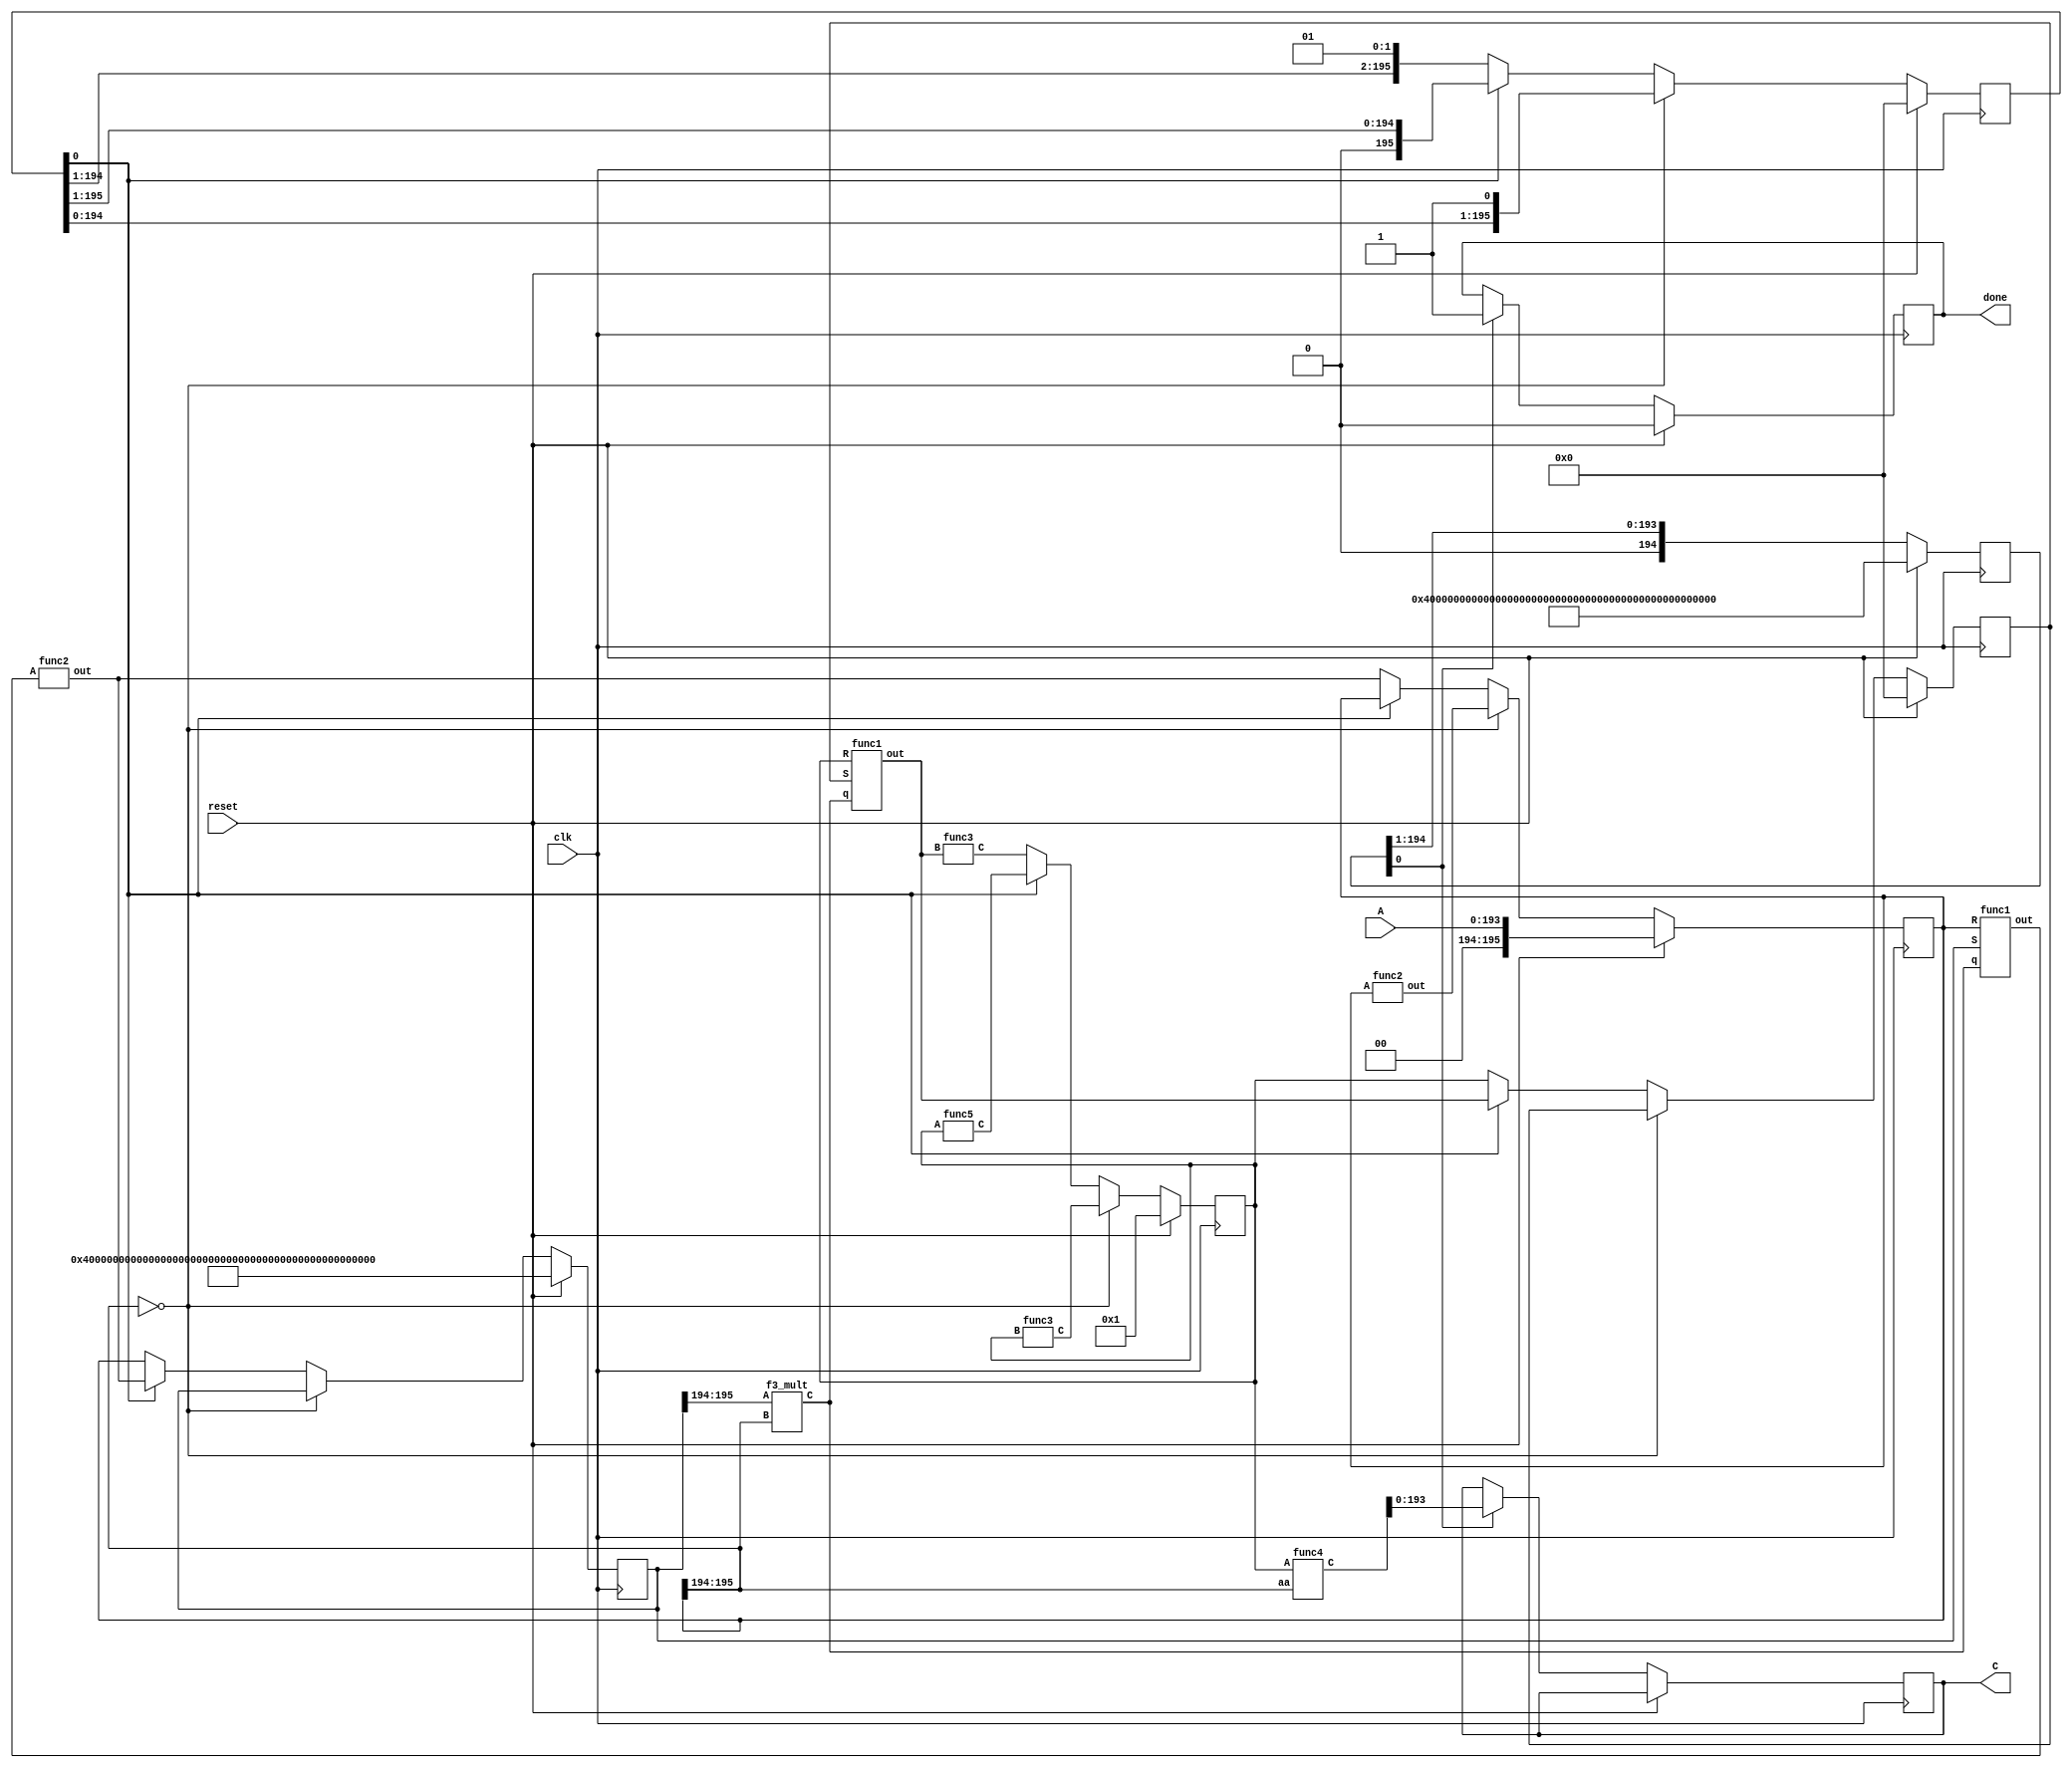
`define M     97          // M is the degree of the irreducible polynomial
`define WIDTH (2*`M-1)    // width for a GF(3^M) element
`define W2    (4*`M-1)    // width for a GF(3^{2*M}) element
`define W3    (6*`M-1)    // width for a GF(3^{3*M}) element
`define W6    (12*`M-1)   // width for a GF(3^{6*M}) element
`define PX    196'h4000000000000000000000000000000000000000001000002 // PX is the irreducible polynomial
`define SCALAR_WIDTH (151-1) // the width for the scalar value
`define MOST 2*`M+1:2*`M

module f3m_inv(clk, reset, A, C, done);
    input [`WIDTH:0] A;
    input clk;
    input reset;
    output reg [`WIDTH:0] C;
    output reg done;
    
    reg [`WIDTH+2:0] S, R, U, V, d;
    reg [2*`M:0] i;
    wire [1:0] q;
    wire [`WIDTH+2:0] S1, S2,
                      R1,
                      U1, U2, U3,
                      V1, V2,
                      d1, d2;
    wire don;

    assign d1 = {d[`WIDTH+1:0], 1'b1}; // d1 == d+1
    assign d2 = {1'b0, d[`WIDTH+2:1]}; // d2 == d-1
    assign don = i[0];
    
    f3_mult 
        q1(S[`MOST], R[`MOST], q); // q = s_m / r_m
    func1
        ins1(S, R, q, S1), // S1 = S - q*R
        ins2(V, U, q, V1); // V1 = V - q*U
    func2
        ins3(S1, S2), // S2 = x*S1 = x*(S-q*R)
        ins4(R, R1); // R1 = x*R
    func3
        ins5(U, U1), // U1 = x*U mod p
        ins6(V1, V2); // V2 = x*V1 mod p = x*(V-qU) mod p
    func4
        ins7(U, R[`MOST], U2); // U2 = U/r_m
    func5
        ins8(U, U3); // U3 = (U/x) mod p
    
    always @ (posedge clk)
        if (reset)
            done <= 0;
        else if (don)
          begin
            done <= 1; C <= U2[`WIDTH:0];
          end

    always @ (posedge clk) 
        if (reset)
            i <= {1'b1, {(2*`M){1'b0}}};
        else
            i <= i >> 1;
    
    always @ (posedge clk)
        if (reset) 
          begin
            S<=`PX; R<=A; U<=1; V<=0; d<=0;
          end
        else if (R[`MOST] == 2'b0)
          begin
            R<=R1; U<=U1; d<=d1;
          end
        else if (d[0] == 1'b0) // d == 0
          begin
            R<=S2; S<=R; U<=V2; V<=U; d<=d1;
          end
        else // d != 0
          begin
            S<=S2; V<=V1; U<=U3; d<=d2;
          end
endmodule
module func5(A, C);
    input [`WIDTH+2:0] A;
    output [`WIDTH+2:0] C;
    assign C[195:194] = 0;
    assign C[193:192] = A[1:0];
    assign C[191:24] = A[193:26];
    f3_add a11 (A[25:24], A[1:0], C[23:22]);
    assign C[21:0] = A[23:2];
endmodule
module func4(A, aa, C);
    input [`WIDTH+2:0] A;
    input [1:0] aa;
    output [`WIDTH+2:0] C;
    genvar i;
    generate
      for(i=0; i<=`WIDTH+2; i=i+2) 
      begin: label
        f3_mult m(A[i+1:i], aa, C[i+1:i]);
      end 
    endgenerate
endmodule
module func3(B, C);
    input [`WIDTH+2:0] B;
    output [`WIDTH+2:0] C;
    wire [`WIDTH+2:0] A;
    assign A = {B[`WIDTH:0], 2'd0}; // A == B*x
    wire [1:0] w0;
    f3_mult m0 (A[195:194], 2'd2, w0);
    f3_sub s0 (A[1:0], w0, C[1:0]);
    assign C[23:2] = A[23:2];
    wire [1:0] w12;
    f3_mult m12 (A[195:194], 2'd1, w12);
    f3_sub s12 (A[25:24], w12, C[25:24]);
    assign C[193:26] = A[193:26];
    assign C[195:194] = 0;
endmodule
module func2(A, out);
    input [`WIDTH+2:0] A;
    output [`WIDTH+2:0] out;
    assign out = {A[`WIDTH:0], 2'd0};
endmodule
module func1(S, R, q, out);
    input [`WIDTH+2:0] S, R;
    input [1:0] q;
    output [`WIDTH+2:0] out;
    wire [`WIDTH+2:0] t;
    func4 f(R, q, t); // t == q*R
    genvar i;
    generate for(i=0; i<=`WIDTH+2; i=i+2) begin: label
        f3_sub s1(S[i+1:i], t[i+1:i], out[i+1:i]); // out == S - t
    end endgenerate
endmodule

module f3_add(A, B, C);
    input [1:0] A, B;
    output [1:0] C;
    wire a0, a1, b0, b1, c0, c1;
    assign {a1, a0} = A;
    assign {b1, b0} = B;
    assign C = {c1, c0};
    assign c0 = ( a0 & ~a1 & ~b0 & ~b1) |
                (~a0 & ~a1 &  b0 & ~b1) |
                (~a0 &  a1 & ~b0 &  b1) ;
    assign c1 = (~a0 &  a1 & ~b0 & ~b1) |
                ( a0 & ~a1 &  b0 & ~b1) |
                (~a0 & ~a1 & ~b0 &  b1) ;
endmodule

module f3_mult(A, B, C); 
    input [1:0] A;
    input [1:0] B; 
    output [1:0] C;
    wire a0, a1, b0, b1;
    assign {a1, a0} = A;
    assign {b1, b0} = B;
    assign C[0] = (~a1 & a0 & ~b1 & b0) | (a1 & ~a0 & b1 & ~b0);
    assign C[1] = (~a1 & a0 & b1 & ~b0) | (a1 & ~a0 & ~b1 & b0);
endmodule

module f3_sub(A, B, C);
    input [1:0] A, B;
    output [1:0] C;
    f3_add m1(A, {B[0], B[1]}, C);
endmodule